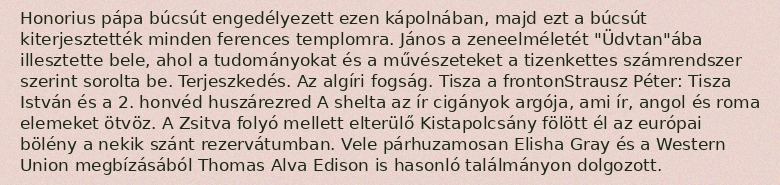
Honorius pápa búcsút engedélyezett ezen kápolnában, majd ezt a búcsút kiterjesztették minden ferences templomra. János a zeneelméletét "Üdvtan"ába illesztette bele, ahol a tudományokat és a művészeteket a tizenkettes számrendszer szerint sorolta be. Terjeszkedés. Az algíri fogság. Tisza a frontonStrausz Péter: Tisza István és a 2. honvéd huszárezred A shelta az ír cigányok argója, ami ír, angol és roma elemeket ötvöz. A Zsitva folyó mellett elterülő Kistapolcsány fölött él az európai bölény a nekik szánt rezervátumban. Vele párhuzamosan Elisha Gray és a Western Union megbízásából Thomas Alva Edison is hasonló találmányon dolgozott.